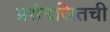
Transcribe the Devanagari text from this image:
प्रसेनजितची